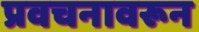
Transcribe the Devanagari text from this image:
प्रवचनावरून